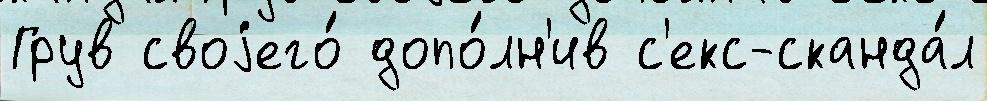
Грув своjего́ допо́лн'ив с'екс-сканда́л